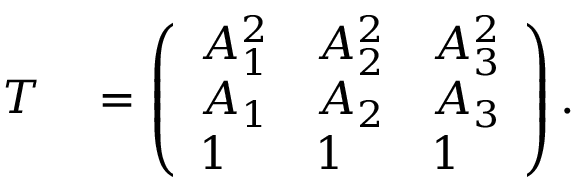
\begin{array} { r l } { T } & { { } = \left( \begin{array} { l l l } { A _ { 1 } ^ { 2 } } & { A _ { 2 } ^ { 2 } } & { A _ { 3 } ^ { 2 } } \\ { A _ { 1 } } & { A _ { 2 } } & { A _ { 3 } } \\ { 1 } & { 1 } & { 1 } \end{array} \right) . } \end{array}